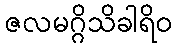
ဇလမဂ္ဂိသိခါရိဝ